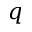
q